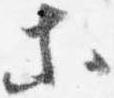
等